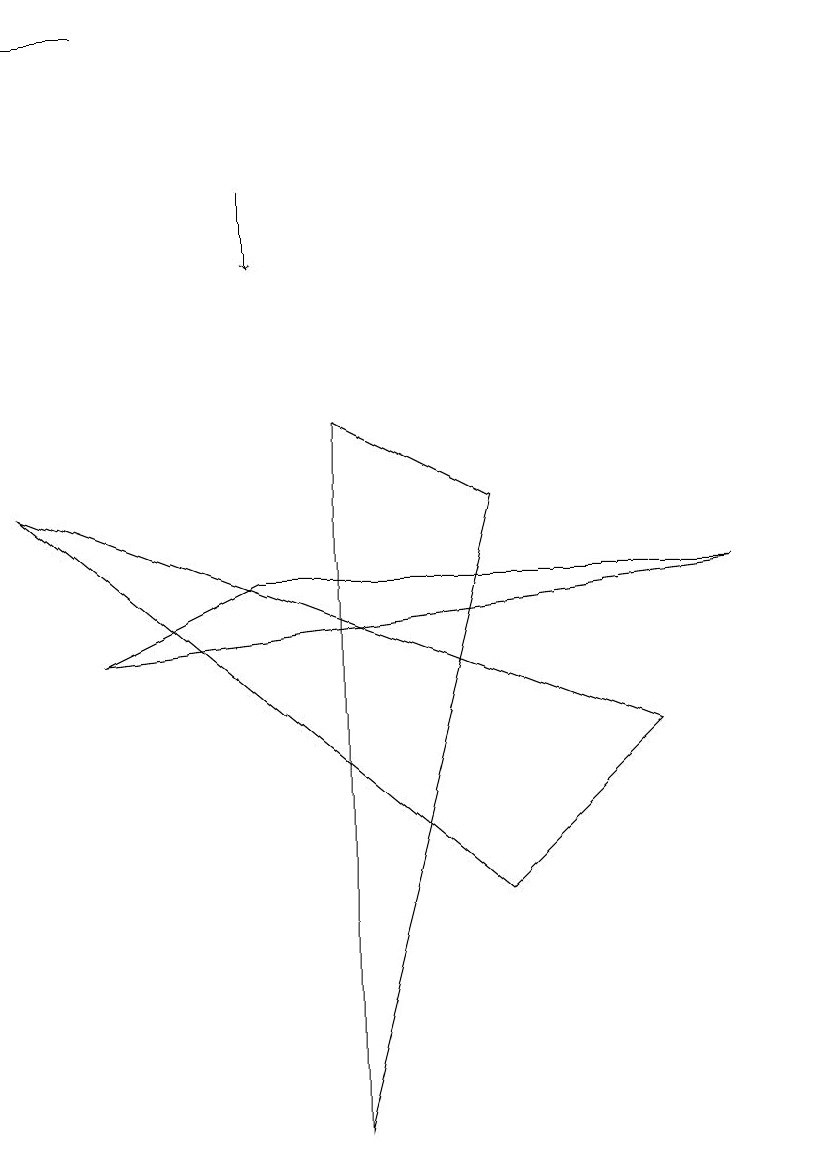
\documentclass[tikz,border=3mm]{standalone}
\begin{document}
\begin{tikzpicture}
\draw (0,14) rectangle (1,14);
\draw (9,7) -- (3,7) -- (1,6) -- cycle;
\draw (10,10) circle (0);
\draw (0,8) -- (6,3) -- (8,5) -- cycle;
\draw[->] (3,12) -- (3,11);
\draw (4,9) -- (6,8) -- (4,0) -- cycle;
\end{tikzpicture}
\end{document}